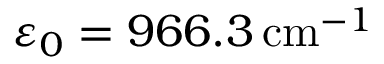
\varepsilon _ { 0 } = 9 6 6 . 3 \, \mathrm { c m } ^ { - 1 }